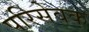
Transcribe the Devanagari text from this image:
परिसेवक